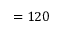
= 1 2 0